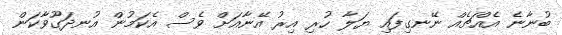
ބުނާނެ އެއްޗެއް ނޭނގިފައި ޔަލާ ހުރި އިރު އޭނާއަށް ވެސް އެކަމުން އުނދަގޫވާކަން